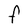
Character: F